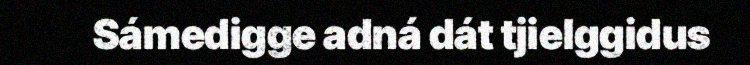
Sámedigge adná dát tjielggidus